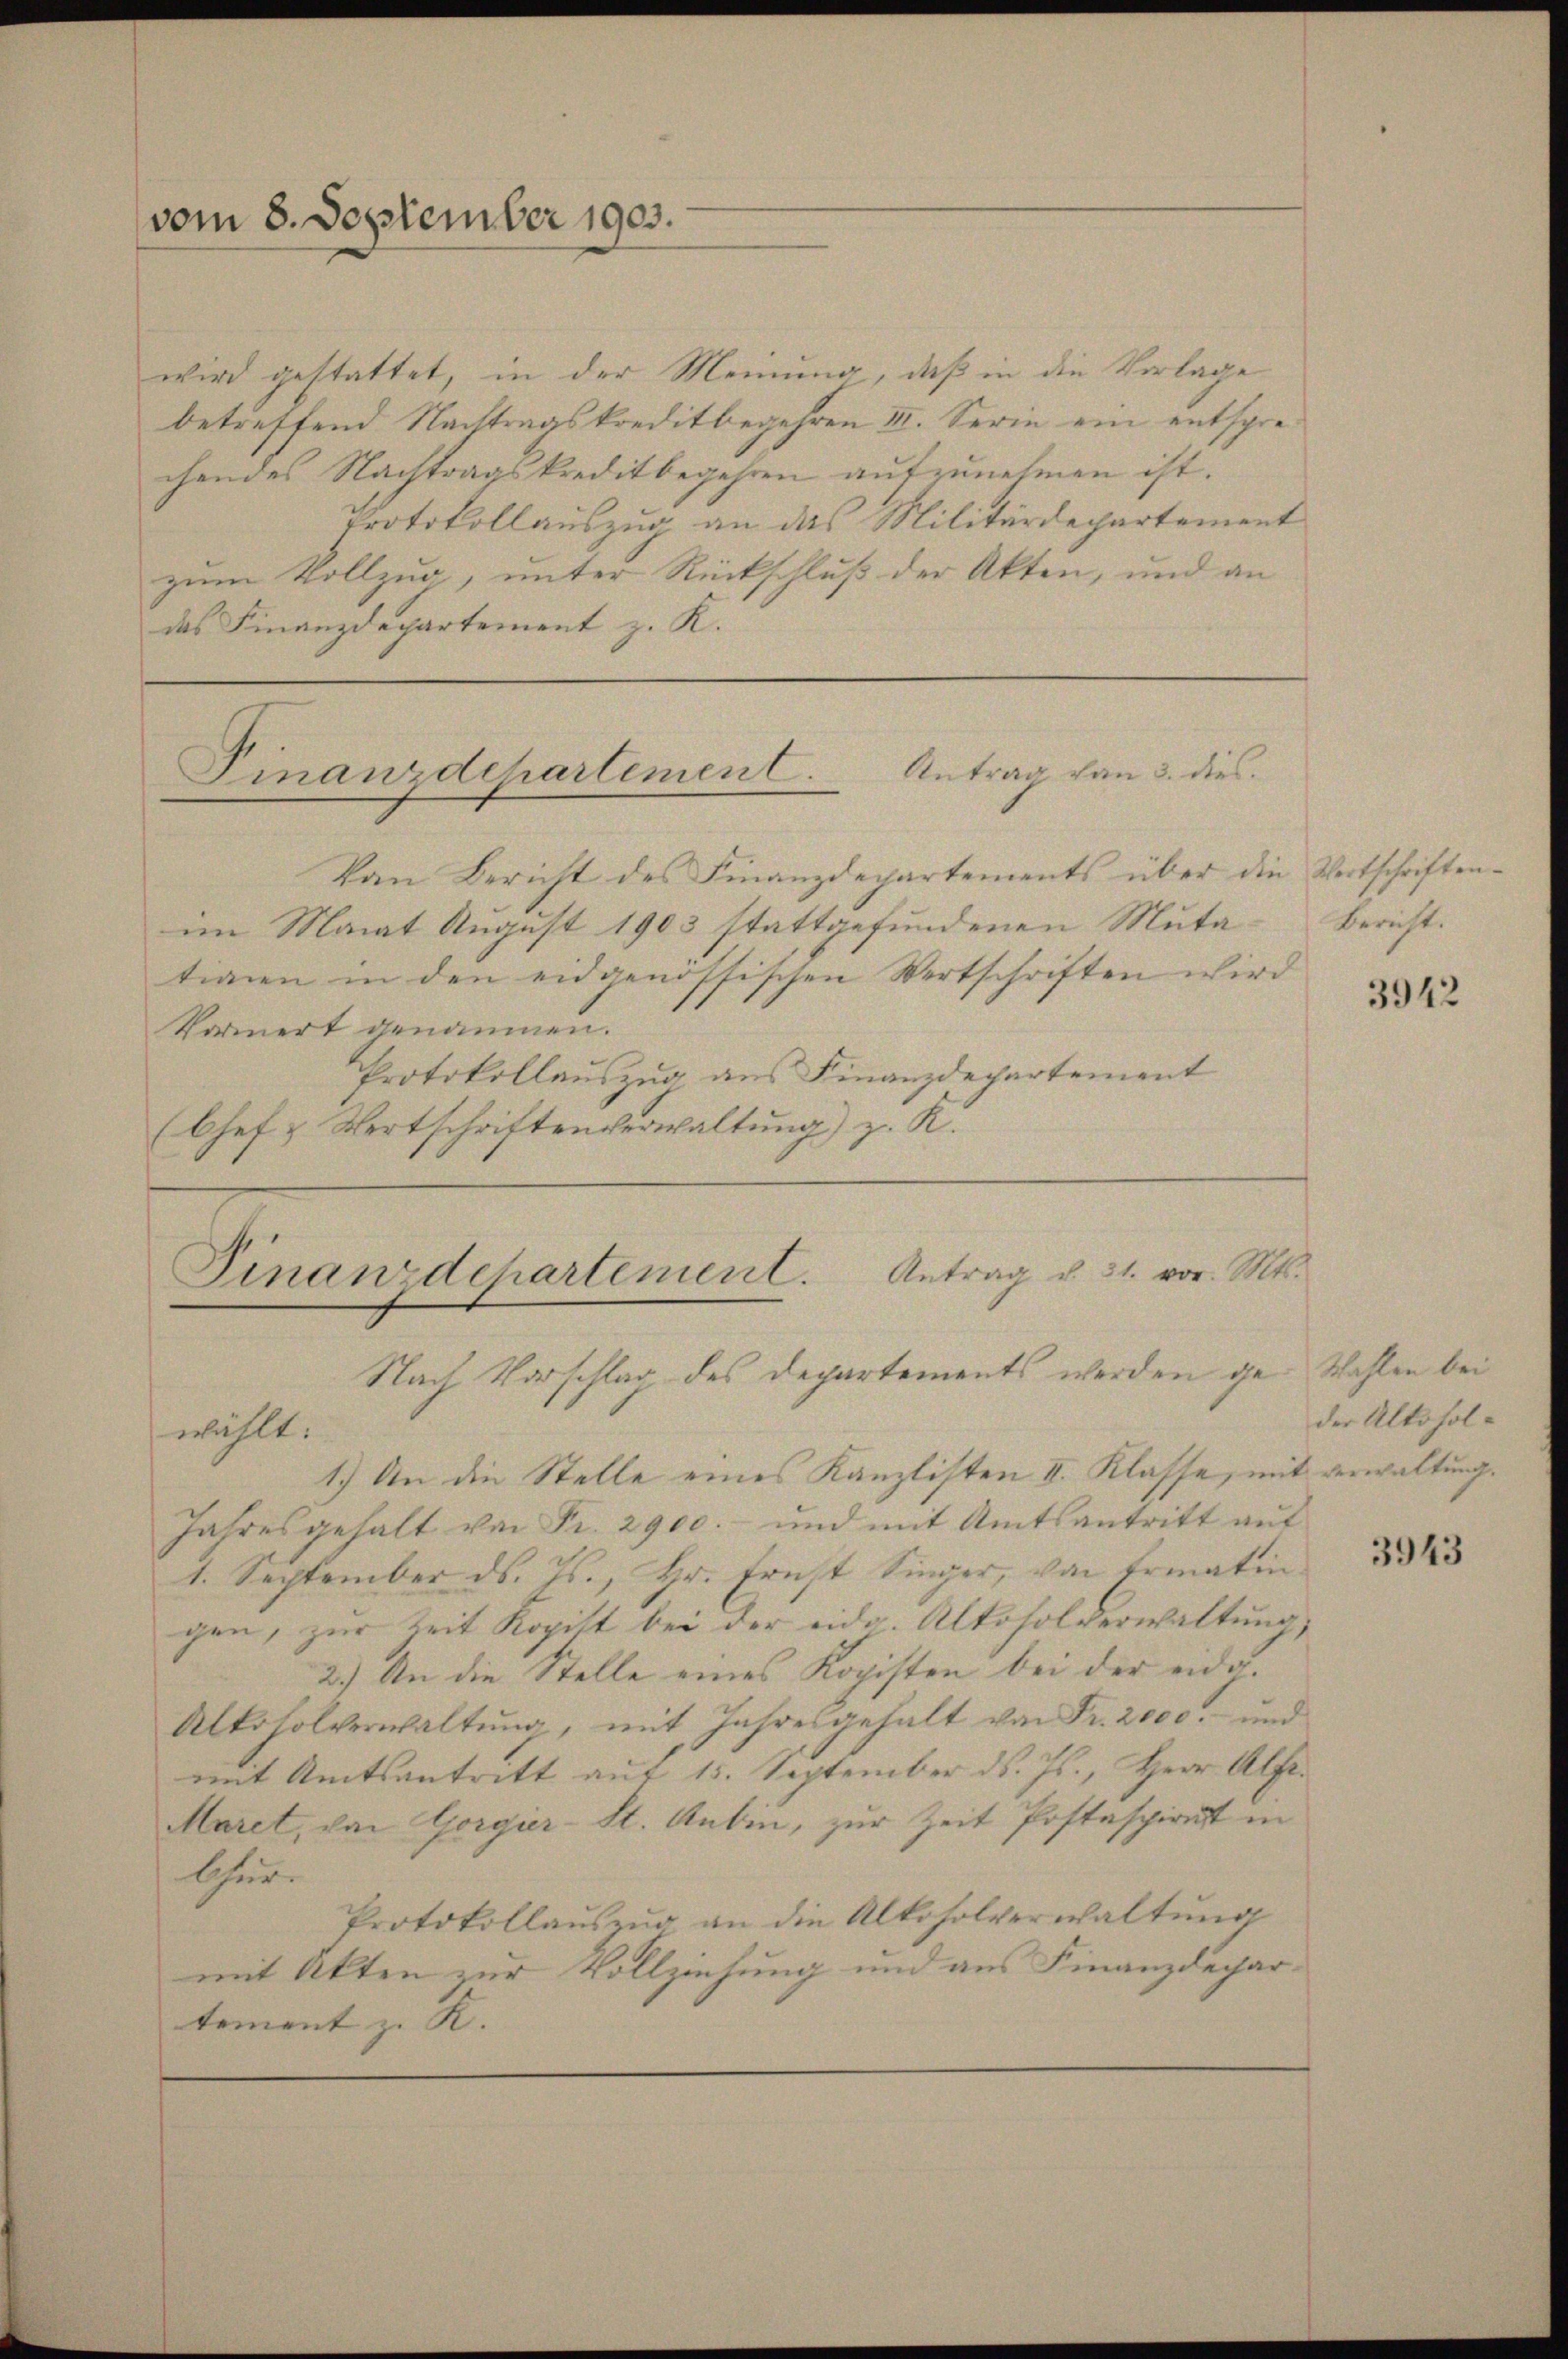
vom 8. September 1903.

wird gestattet, in der Meinung, daß in die Vorlage
betreffend Nachtragskreditbegehren III. Serin ein entsprechendes Nachtragskreditbegehren aufzunehmen ist.
Protokollauszug an das Militärdepartement
zum Vollzug, unter Rückschluß der Akten, und an
das Finanzdepartement z. K.

Finanzdepartement. Antrag von 3. dies
—

Von Bericht des Finanzdepartements über die Wertschriftenim Monat August 1903 stattgefundenen Muta-Bericht.
tion in den eidgenössischen Wertschriften wird
Kormert genommen.
Protokollauszug aus Finanzdepartement
(Chef u. Wertschriftenverwaltung) z. K.

l

Finanzdchartement. Antrag u. 31. vor. Mts.
Nach Vorschlag des Departements werden ge- Wahlen bei

wählt:
1.) An die Stelle eines Kanzlisten I. Klasse, mit verwaltung.
Jahresgehalt von Fr. 2900.- und mit Amtsantritt auf
1. September ds. Js., Hr. Ernst Singer, von Ermatin
gen, zur Zeit Kopist bei der eidg. Alkoholverwaltung,
2.) An die Stelle eines Kopisten bei der eidg.
Alkoholverwaltung, mit Jahresgehalt von Fr. 2000.- und
mit Amtsantritt auf 15. September d. Js., Herr Alfr.
Maret, von Gorgier-St. Anbin, zur Zeit Postaspiritt in
thur.
Protokollauszug an die Alkoholverwaltŭng
mit Akten zur Vollziehung und aus Finanzdepartement z. K.

3942

der Alkohol¬

3943